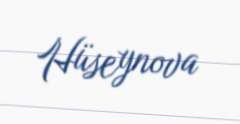
Hüseynova